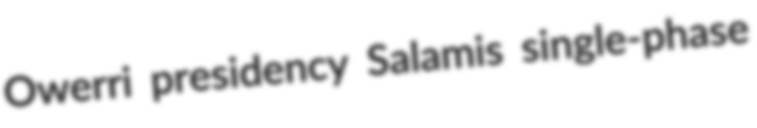
Owerri presidency Salamis single-phase